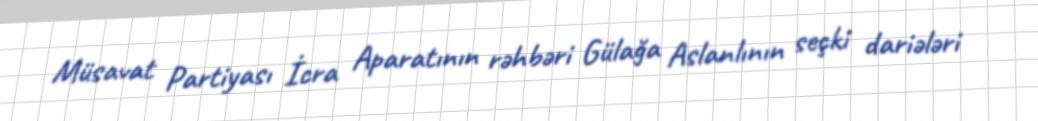
Müsavat Partiyası İcra Aparatının rəhbəri Gülağa Aslanlının seçki dariələri